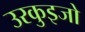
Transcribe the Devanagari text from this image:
उरकुइजो